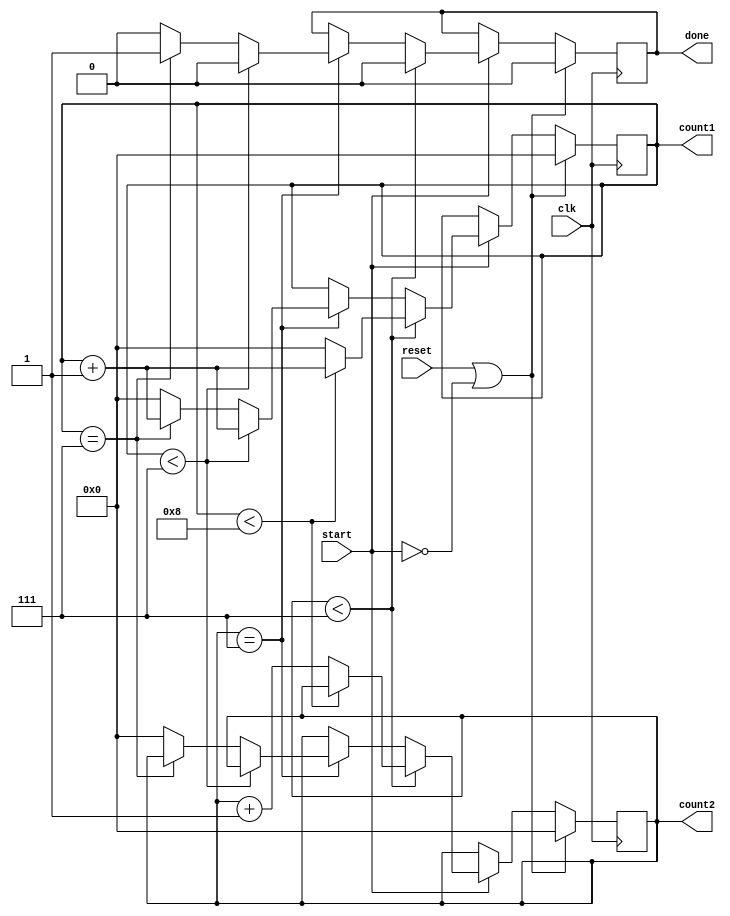
// This program was cloned from: https://github.com/ilaydayaman/CNN_for_SLR
// License: BSD 2-Clause "Simplified" License

`timescale 1ns / 1ps

module counter_8(
    input clk,
    input start,
    input reset,
    output reg [3:0] count1,
    output reg [3:0] count2,
    output reg done
    );
    
    parameter mod = 8;
    
    always @ ( posedge clk )
    begin
        if( reset || ~start )
        begin
            count1 <= 0;
            count2 <= 0;
            done   <= 0;
        end else if ( start )
        begin
            if( count2 < mod-1 )
            begin
                if( count1 < mod-1+1 )
                begin
                    count1 <= count1 + 1;
                    done <= 0;
                end else
                begin
                    count1 <= 0;
                    count2 <= count2 + 1;
                    done <= 0;
                end
            end else if ( count2 == mod-1 )
            begin
                if( count1 < mod - 2+1 )
                    begin
                        count1 <= count1 + 1;
                        done <= 0;
                    end else if ( count1 == mod - 2+1 )
                    begin
                        count1 <= count1 + 1;
                        done <= 1;
                    end
                    else
                    begin
                        count1 <= 0;
                        count2 <= 0;
                        done   <= 0;
                    end
            end
        end
    end
endmodule